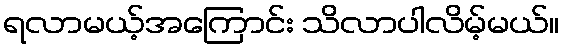
ရလာမယ့်အကြောင်း သိလာပါလိမ့်မယ်။